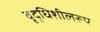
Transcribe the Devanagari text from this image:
वृद्धिशीलरूप